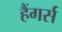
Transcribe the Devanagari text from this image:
हैंगर्स